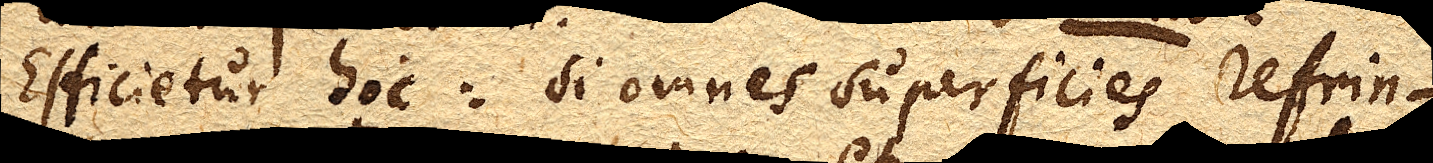
Efficietur hoc: si omnes superficies refrin–